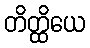
တိတ္ထိယေ